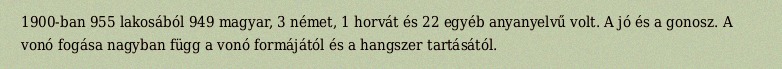
1900-ban 955 lakosából 949 magyar, 3 német, 1 horvát és 22 egyéb anyanyelvű volt. A jó és a gonosz. A vonó fogása nagyban függ a vonó formájától és a hangszer tartásától.